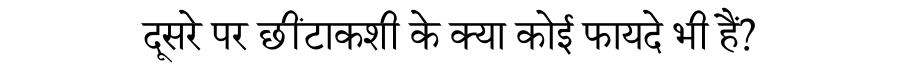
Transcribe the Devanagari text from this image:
दूसरे पर छींटाकशी के क्या कोई फायदे भी हैं?